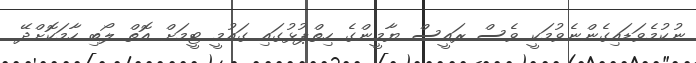
ނުކުމެވަޑައިގެންނެވުމަކީ ވެސް ރައީސް ޔާމީންގެ ހިތްޕުޅުގައި ގައުމީ ޓީމަށް އޮތް ލޯބި ހާމަކޮށްދޭ